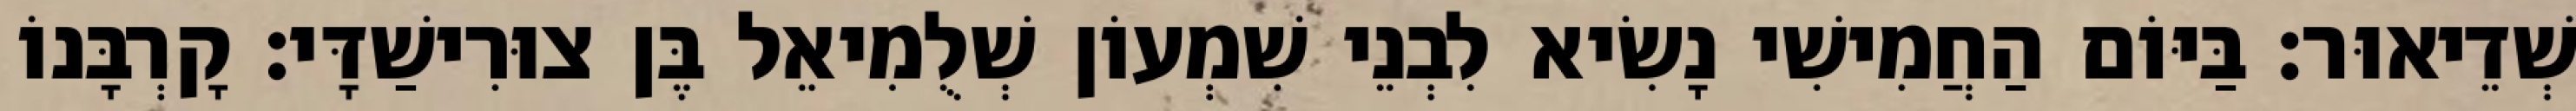
שְׁדֵיאוּר׃ בַּיּוֹם הַחֲמִישִׁי נָשִׂיא לִבְנֵי שִׁמְעוֹן שְׁלֻמִיאֵל בֶּן צוּרִישַׁדָּי׃ קָרְבָּנוֹ